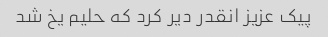
پیک عزیز انقدر دیر کرد که حلیم یخ شد